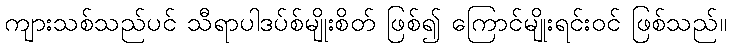
ကျားသစ်သည်ပင် သီရာပါဒပ်စ်မျိုးစိတ် ဖြစ်၍ ကြောင်မျိုးရင်းဝင် ဖြစ်သည်။